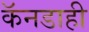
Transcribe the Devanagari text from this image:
कॅनडाही